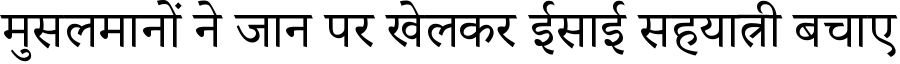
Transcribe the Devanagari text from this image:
मुसलमानों ने जान पर खेलकर ईसाई सहयात्री बचाए